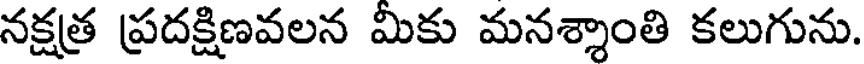
నక్షత్ర ప్రదక్షిణవలన మికు మనశ్శాంతి కలుగును.